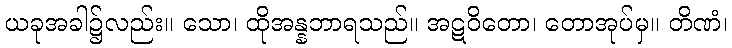
ယခုအခါ၌လည်း။ သော၊ ထိုအန္နဘာရသည်။ အဋဝိတော၊ တောအုပ်မှ။ တိဏံ၊